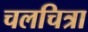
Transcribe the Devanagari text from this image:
चलचित्रा